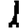
Digit: 1